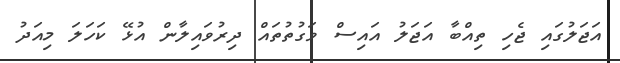
އަޖަލުގައި ޖެހި ތިއްބާ އަޖަލު އައިސް ވަގުތުތައް ދިރުވައިލާން އުޅޭ ކަހަލަ މިއަދު